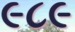
૯૮૯